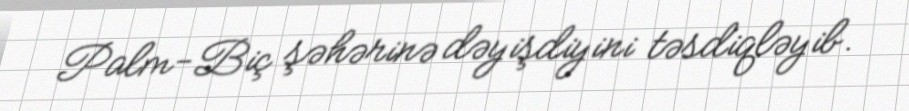
Palm-Biç şəhərinə dəyişdiyini təsdiqləyib.